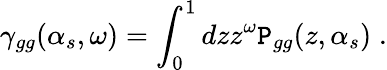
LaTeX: \gamma_{gg}(\alpha_{s},\omega)=\int_{0}^{1}dzz^{\omega}\mathtt{P}_{gg}(z,\alpha_{s})\; .